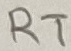
Text: RT